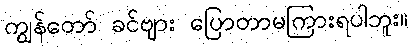
ကျွန်တော် ခင်ဗျား ပြောတာမကြားရပါဘူး။